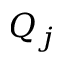
Q _ { j }